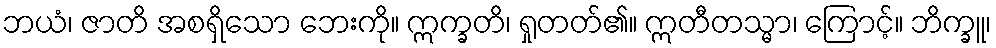
ဘယံ၊ ဇာတိ အစရှိသော ဘေးကို။ ဣက္ခတိ၊ ရှုတတ်၏။ ဣတီတသ္မာ၊ ကြောင့်။ ဘိက္ခူ၊